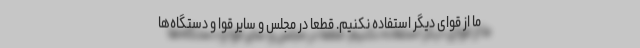
ما از قوای دیگر استفاده نکنیم. قطعاً در مجلس و سایر قوا و دستگاه‌ها